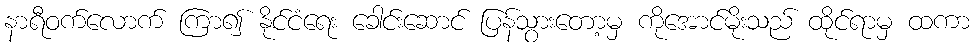
နာရီဝက်လောက် ကြာ၍ နိုင်ငံရေး ခေါင်းဆောင် ပြန်သွားတော့မှ ကိုအောင်မိုးသည် ထိုင်ရာမှ ထကာ